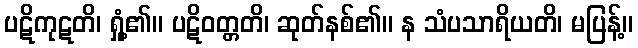
ပဋိကုဋတိ၊ ရှုံ့၏။ ပဋိဝတ္တတိ၊ ဆုတ်နစ်၏။ န သံပသာရိယတိ၊ မပြန့်။